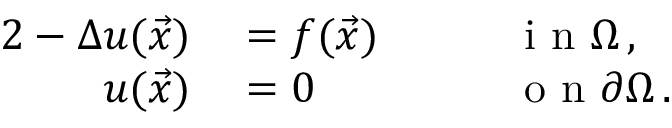
\begin{array} { r l r l } { { 2 } - \Delta u ( \vec { x } ) } & { { } = f ( \vec { x } ) \quad } & { } & { { } \mathrm { ~ i ~ n ~ } \Omega \, , } \\ { u ( \vec { x } ) } & { { } = 0 \quad } & { } & { { } \mathrm { ~ o ~ n ~ } \partial \Omega \, . } \end{array}